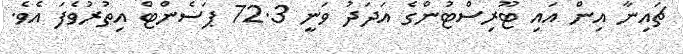
ޗައިނާ އިން އައި ޓޫރިސްޓުންގެ އަދަދު ވަނީ 72.3 ޕަސެންޓް އިތުރުވެފަ އެވެ.